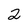
Character: 2